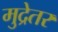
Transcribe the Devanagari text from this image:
मुद्रेतर